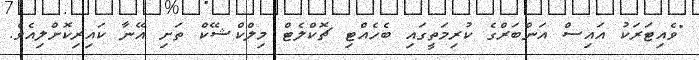
"ވެއިޓަރަކު އައިސް އަންބަރްގެ ކުރިމަތީގައި ބެހެއްޓި ޗޮކްލެޓް މިލްކްޝޭކް ތަށި އޭނާ ކައިރިކޮށްލިއެވެ.